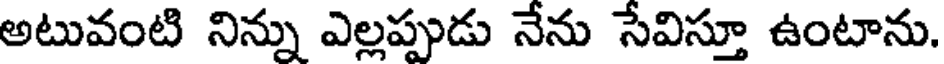
అటువంటి నిన్ను ఎల్లప్పుడు నేను సేవిస్తూ ఉంటాను.